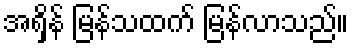
အရှိန် မြန်သထက် မြန်လာသည်။